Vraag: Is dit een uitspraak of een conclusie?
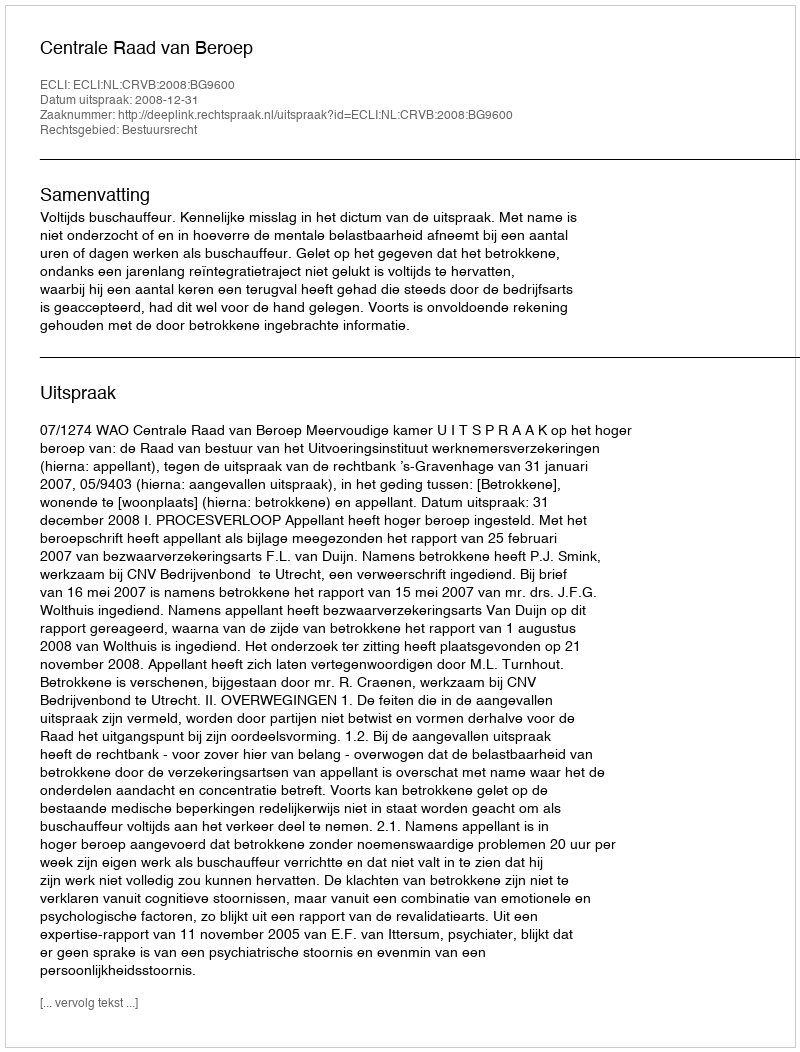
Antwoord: Uitspraak